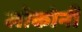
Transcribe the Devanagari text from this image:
लोकोनी